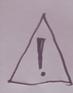
Signature authenticity: forged